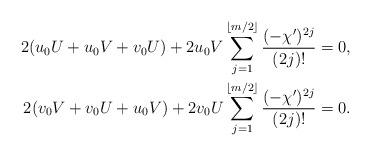
LaTeX: \begin{align*}2(u_0U + u_0 V + v_0 U) + 2 u_0 V \sum_{j=1}^{\lfloor m/2 \rfloor}\frac{(-\chi')^{2j}}{(2j)!} &= 0,\\2(v_0V + v_0 U + u_0 V) + 2 v_0 U \sum_{j=1}^{\lfloor m/2 \rfloor}\frac{(-\chi')^{2j}}{(2j)!} &= 0.\end{align*}